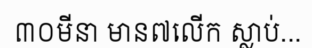
៣០មីនា មាន៧លើក ស្លាប់...